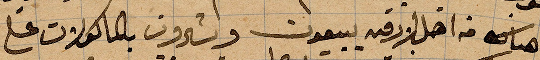
هناك من اهل لاذقية يبيعون ويشترون بالماكولات على